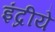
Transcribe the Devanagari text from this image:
इंद्रीये